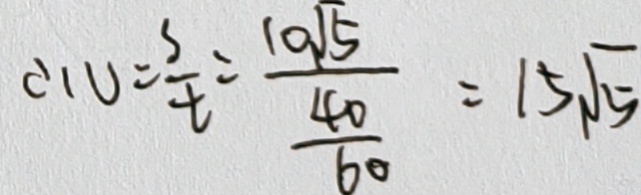
\therefore V = \frac { s } { t } = \frac { 1 0 \sqrt { 5 } } { \frac { 4 0 } { 6 0 } } = 1 5 \sqrt { 5 }